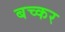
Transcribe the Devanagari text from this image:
बच्कर